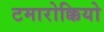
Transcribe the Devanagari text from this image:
टमारोक्कियो